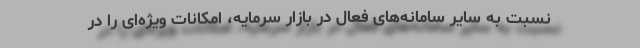
نسبت به سایر سامانه‌های فعال در بازار سرمایه، امکانات ویژه‌ای را در